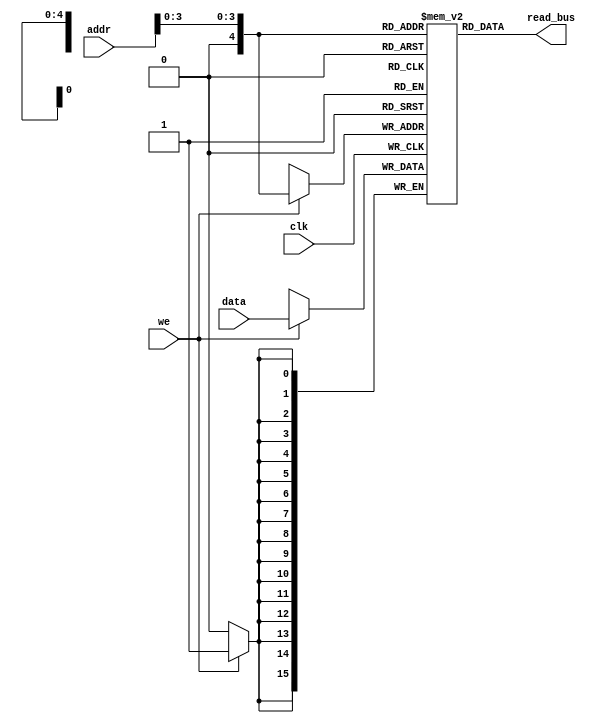
// pr1662508.v

`timescale 1ns / 1ns

module ram(
	input clk,
	input we,
	input  [9:0] addr,
	input  [15:0] data,
	output [15:0] read_bus
);

reg [15:0] ram[31:0];
assign read_bus = ram[addr[3:0]];
always @(posedge clk) if (we)
	ram[addr[3:0]] <= data;
endmodule


module ram_test;

reg clk;
reg fail=0;
integer cc;
initial begin
	for (cc = 0; cc < 33; cc=cc+1) begin
		clk = 0;  #5;
		clk = 1;  #5;
	end
	if (fail) $display("FAIL");
	else $display("PASSED");
end

reg we=0;
reg [9:0] addr=0;
reg [15:0] data=0;

always @(posedge clk) begin
	addr <= cc;
	data <= cc*cc;
	we <= cc<16;
end

wire [15:0] read_bus;
ram ram(clk, we, addr, data, read_bus);

always @(negedge clk) if (~we) begin
	$display("%d %d", addr, read_bus);
	if (read_bus !== addr[3:0]*addr[3:0]) fail=1;
end

endmodule